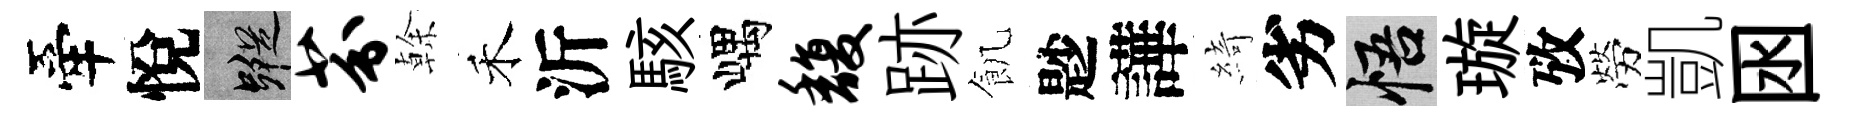
牽悅蹤芬𠏉禾沂駭嵎馥跡飢尟譁綺劣悟璇攷勞凱囦